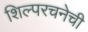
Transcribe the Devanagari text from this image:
शिल्परचनेची